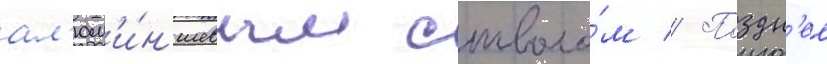
ал'юм'и́н'иевым стволо́м // Поздн'ее